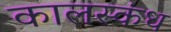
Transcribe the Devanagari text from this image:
कालस्कंध